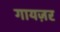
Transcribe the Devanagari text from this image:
गायज़र